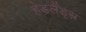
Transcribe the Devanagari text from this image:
हेडलैंड्स